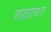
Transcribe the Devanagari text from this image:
सख़ावत